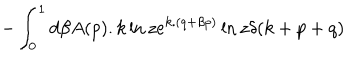
LaTeX: - \int _ { 0 } ^ { 1 } d \beta A ( p ) . k \ln z e ^ { k . ( q + \beta p ) } \ln z \delta ( k + p + q )